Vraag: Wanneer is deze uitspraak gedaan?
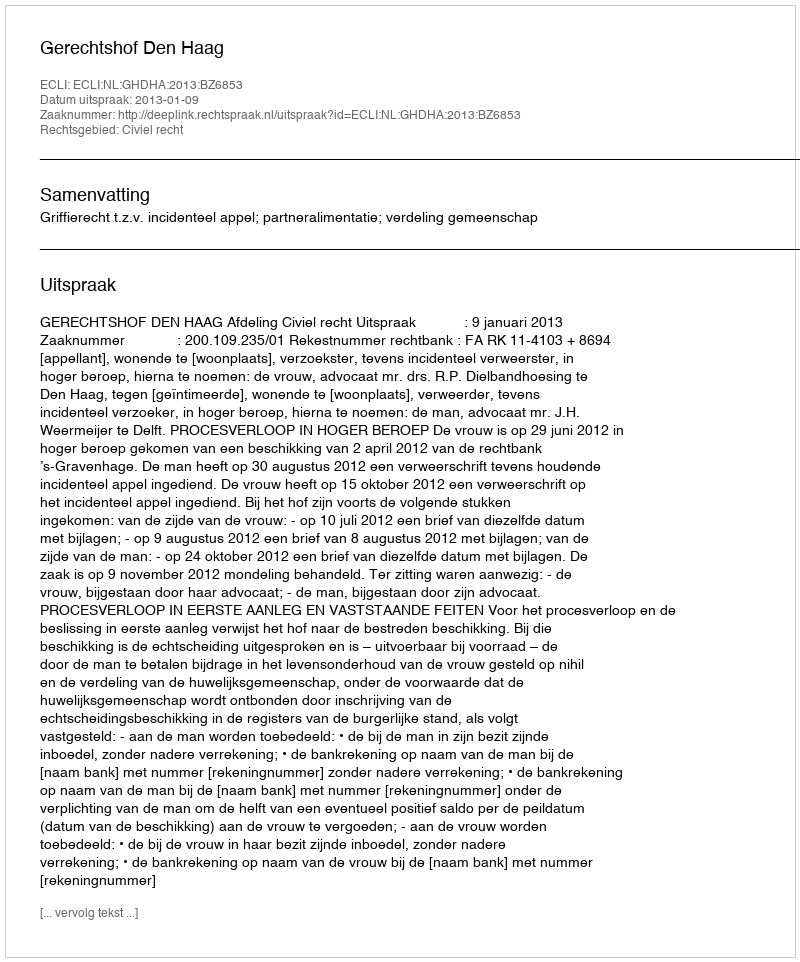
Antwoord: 2013-01-09